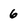
Character: 6